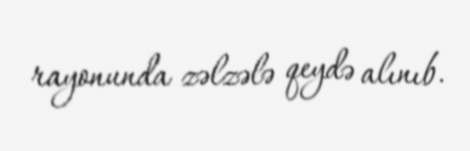
rayonunda zəlzələ qeydə alınıb.